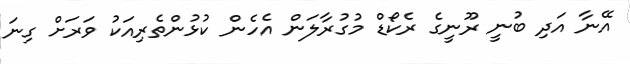
އޭނާ އަދި ބުނީ ރޫނީގެ ރެކޯޑް މުގުރާލަން އެހެން ކުޅުންތެރިއަކު ވަރަށް ގިނަ